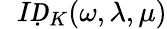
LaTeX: \mathcal ḊIḌ_{K}(\omega,\lambda,\mu)